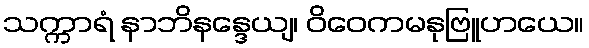
သက္ကာရံ နာဘိနန္ဒေယျ၊ ဝိဝေကမနုဗြူဟယေ။